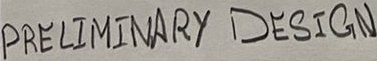
Text: PRELIMINARY DESIGN